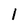
Character: 1